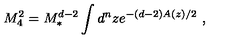
M _ { 4 } ^ { 2 } = M _ { * } ^ { d - 2 } \int d ^ { n } z e ^ { - ( d - 2 ) A ( z ) / 2 } \ ,